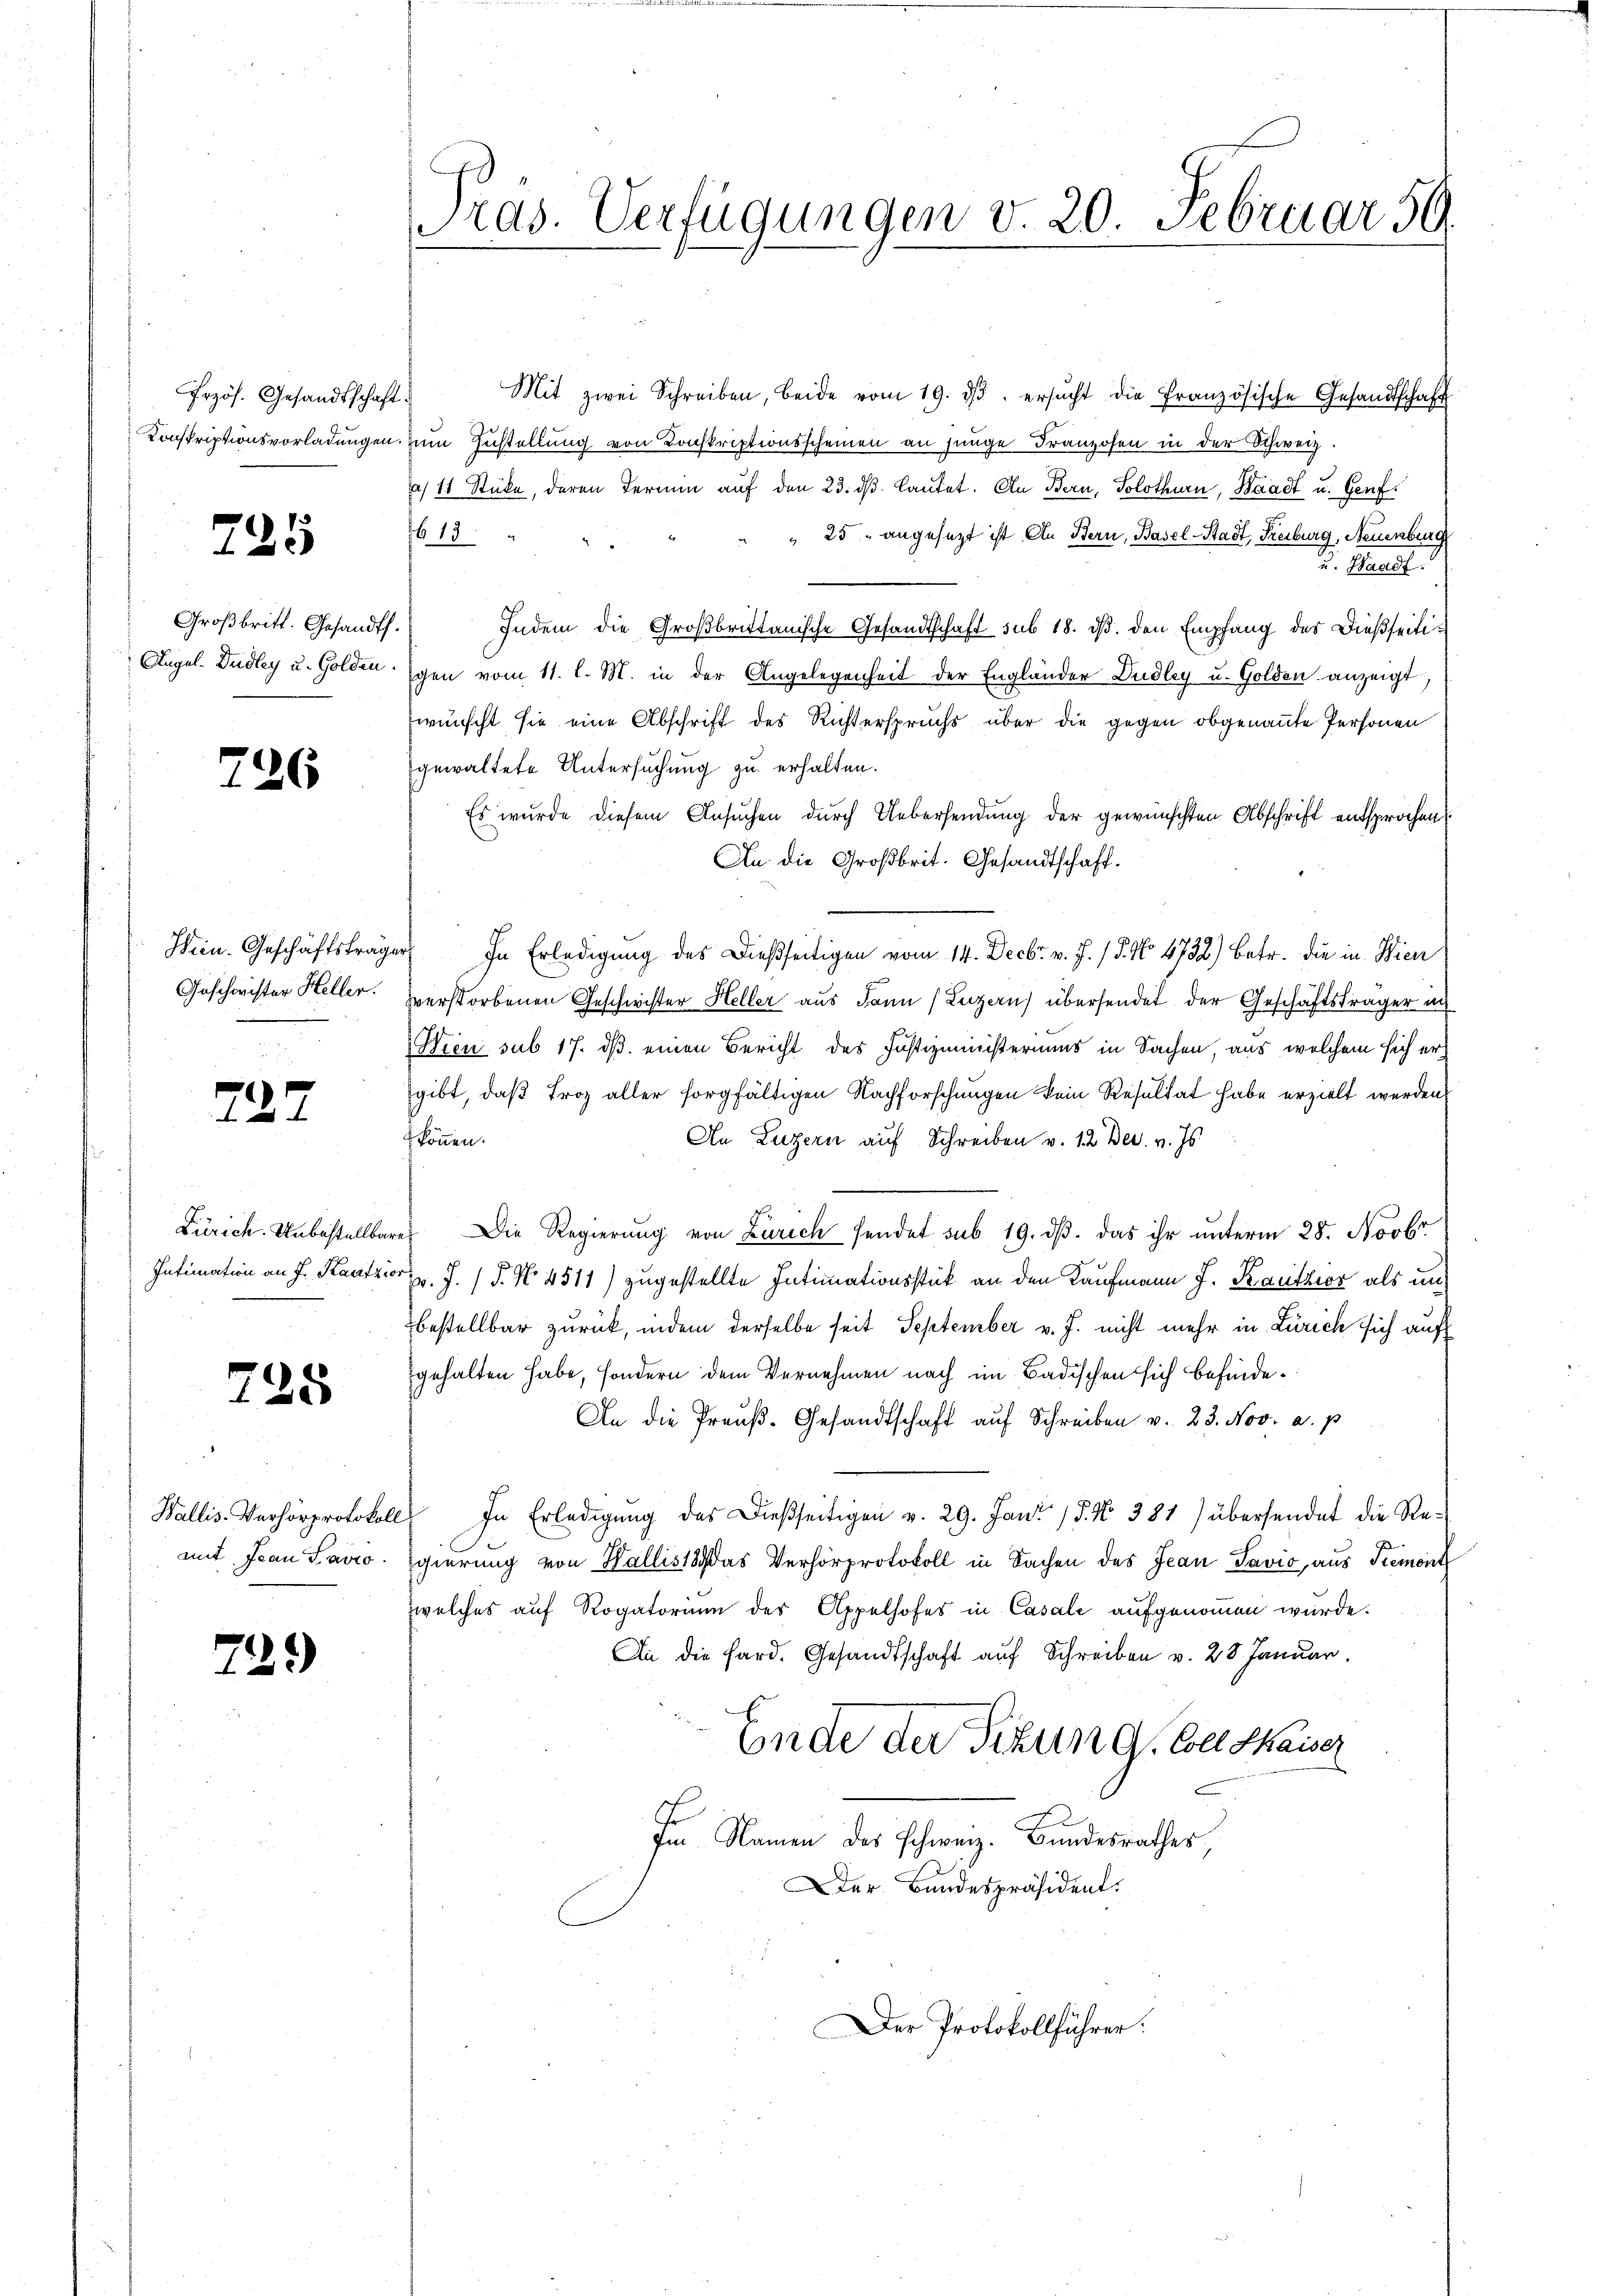
Przös. Gesandtschaf
Konskriptionsvorladungen

725

Großbritt. Gesandts
Augal. Dudley u. Golden

226

Hein. Geschäftsträge
Geschwister Heller.

227

Zürich. Unbestellte
Intimation an J. Kautzi

728

Wallis Verhörprotokol
mit Jean Pavio.

729

ras. Verfügungen v. 20. Februar 56

Mit zwei Schreiben, beide vom 19. dβ. ersŭcht die französische Gesandtschaft
f
zum Zustellung von Konskriptionsscheinen an junge Franzosen in der Schweiz.
a 11 Stücke, deren Termin auf den 23. dβ. lautet. An Bern, Solothurn, Waadt u. Genf
25 angesezt ist. An Stern, Basel-Stadt, Freiburg, Neuenburg
6. 19
u. Handf.
Indem die Großbrittanische Gesandtschaft sub 18. ds. den Empfang des Dießseitigen vom 11. l. M. in der Angelegenheit der Engländer Dudley u. Golden anzeigt.
wünscht sie eine Abschrift des Richterspruchs über die gegen obgenannte Personen
gewaltete Untersuchung zu erhalten.
Es wurde diesem Ansuchen durch Uebersendung der gewünschten Abschrift entsprochen
An die Großbrit. Gesandtschaft.
 In Erledigung des Dießseitigen vom 14. Decbr. v. J. / 5. No 4732) Betr. die in Wien
verstorbenen Geschwister Heller aus dann (Luzern) übersendet der Geschäftsträger an
Wien sub 17. ds. einen Bericht des Justizministeriums in Sachen, aus welchem sich er
gibt, daß Froz aller sorgfältigen Nachforschungen kein Resultat habe erzielt werden.
können.
An Luzern auf Schreiben v. 12 Dec. v. Js.
 Die Regierung von Zürich sendet sub 19. ds. das ihr unterm 28. Novbr
Hr. J. (T. No. 4511) zugestellte Intimationsstück an den Kaufmann J. Kautzior als unbestellbar zurück, indem derselbe seit September v. J. nicht mehr in Zürich sich auf
gehalten habe, sondern dem Vernehmen nach im Badischen sich befinde¬
An die Preŭβ- Gesandtschaft auf Schreiben v. 23. Nov. a. p.
In Erledigŭng des dießseitigen v. 29. Janr. 15. No 381) übersendet die Regierung von Wallis 18 das Verhörprotokoll in Sachen des Jean Savio, aus Tremont
zwelches auf Rogatorium der Appelhofes in Casale aufgenommen wurde.
An die Sard. Gesandtschaft auf Schreiben v. 28. Januar.
Ende der Sitzung. Coll Kaiser
Im Namen des Schweiz. Bundesrathes,
Der Bundespräsident.

Der Protokollführer: